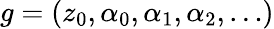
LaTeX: g=(z_{0},\alpha_{0},\alpha_{1},\alpha_{2},\ldots)